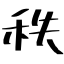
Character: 秩